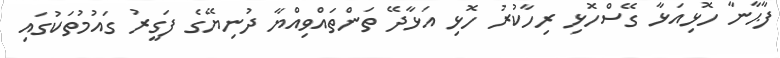
ފާޙާނާ ހޮޅިއަޅާ ގޭސްހޮޅި ރިހާކުރު ހޮޅި އަޅާދޭ ތަންތައްވިއްޔާ ދުނިޔޭގެ ފަގީރު ގައުމުތަކުގައި